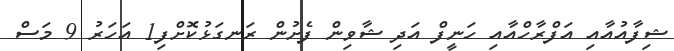
ޝިފާއުއާއި އަފްރާހްއާއި ހަނީފް އަދި ޝާވިން ފެށުން ރަނގަޅުކޮށްފި1 އަހަރު 9 މަސް